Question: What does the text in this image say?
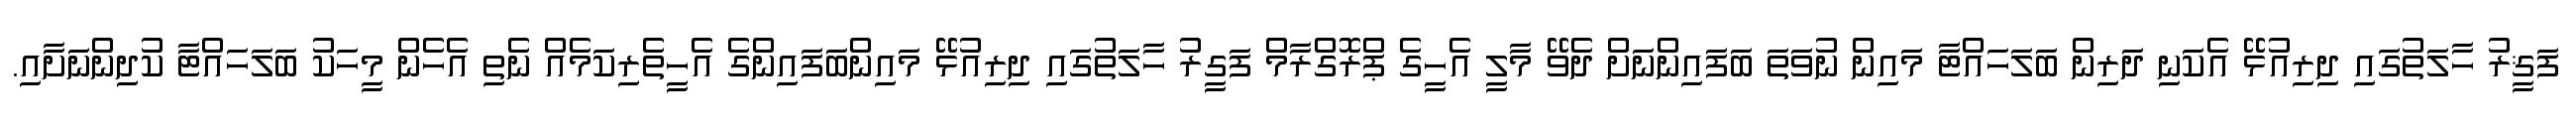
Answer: ފަޤީރު ހާލަތުގައި ދިރިއުޅޭ އެކަނި ދަރިން ބަލަހައްޓާ މައިން ނުވަތަ ބަފައިންނަށް ދެވޭ މާލީ އެހީގެ ޕްރޮގްރާމް ފަގީރު ހާލަތުގައި ދިރިއުޅޭ މައިންބަފައިންގެ އެހީތެރިކަމެއް ނެތި އެހެން މީހަކު ބަލަހައްޓާ ކުދިންނަށާއި.